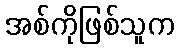
အစ်ကိုဖြစ်သူက